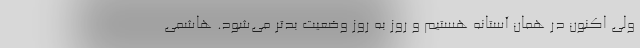
ولی اکنون در همان آستانه هستیم و روز به روز وضعیت بدتر می‌شود. هاشمی